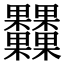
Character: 𣡾